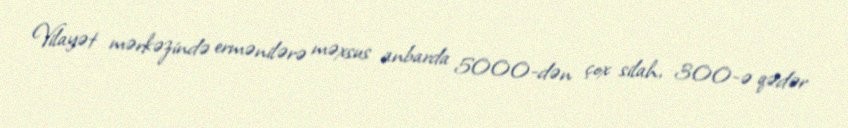
Vilayət mərkəzində ermənilərə məxsus anbarda 5000-dən çox silah, 300-ə qədər